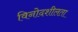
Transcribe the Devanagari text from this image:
विनोदशीलता